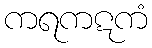
ကရကဋကံ